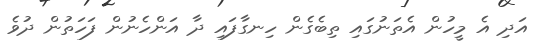
އަދި އެ މީހުން އެތަނުގައި ތިބެގެން ހިނގާފައި ދާ އަންހެނުން ފަހަތުން ދުވެ